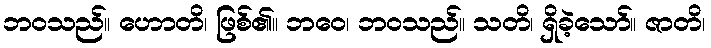
ဘဝသည်။ ဟောတိ၊ ဖြစ်၏။ ဘဝေ၊ ဘဝသည်။ သတိ၊ ရှိခဲ့သော်။ ဇာတိ၊